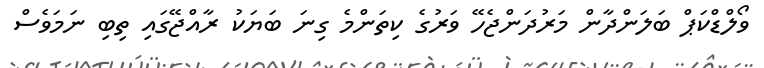
ވޯލްޑްކަޕް ބަލަންދާން މަރުދަންޖެހޭ ވަރުގެ ކިތަންމެ ގިނަ ބަޔަކު ރާއްޖޭގައި ތިބި ނަމަވެސް